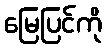
မြေပြင်ကို